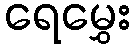
ရေမွှေး